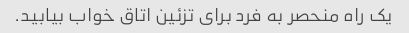
یک راه منحصر به فرد برای تزئین اتاق خواب بیابید.